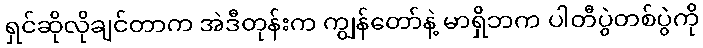
ရှင်ဆိုလိုချင်တာက အဲဒီတုန်းက ကျွန်တော်နဲ့ မာရှိဘက ပါတီပွဲတစ်ပွဲကို